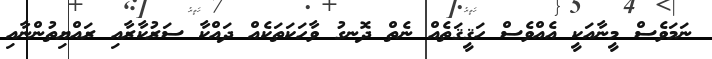
ނަމަވެސް މީނާއަކީ އެއްވެސް ހަޤީޤަތެއް ނެތް ދޮނގު ވާހަކަތަކެއް ދައްކާ ސަރުކާރާއި ރައްޔިތުންނާއި